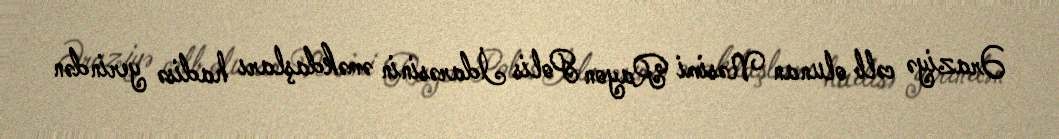
Əraziyə cəlb olunan Nəsimi Rayon Polis İdarəsinin əməkdaşları hadisə yerindən